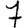
Digit: 7